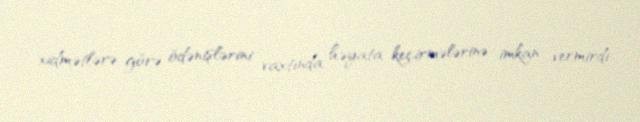
xidmətlərə görə ödənişlərini vaxtında həyata keçirmələrinə imkan vermirdi.